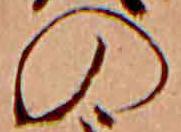
の